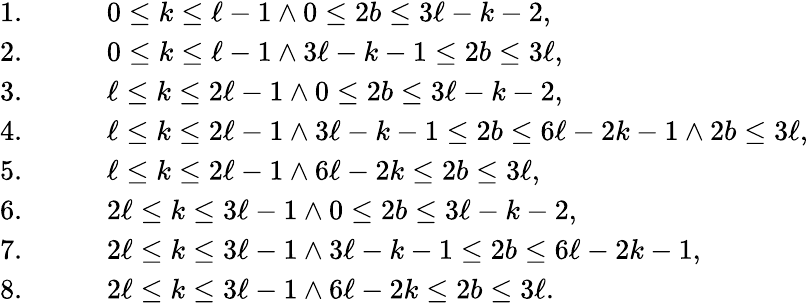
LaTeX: \begin{array}{rlrl}{1.}&{}&&{0\leq k\leq\ell-1\land 0\leq 2b\leq 3\ell-k-2,}\\ {2.}&{}&&{0\leq k\leq\ell-1\land 3\ell-k-1\leq 2b\leq 3\ell,}\\ {3.}&{}&&{\ell\leq k\leq 2\ell-1\land 0\leq 2b\leq 3\ell-k-2,}\\ {4.}&{}&&{\ell\leq k\leq 2\ell-1\land 3\ell-k-1\leq 2b\leq 6\ell-2k-1\land 2b\leq 3\ell,}\\ {5.}&{}&&{\ell\leq k\leq 2\ell-1\land 6\ell-2k\leq 2b\leq 3\ell,}\\ {6.}&{}&&{2\ell\leq k\leq 3\ell-1\land 0\leq 2b\leq 3\ell-k-2,}\\ {7.}&{}&&{2\ell\leq k\leq 3\ell-1\land 3\ell-k-1\leq 2b\leq 6\ell-2k-1,}\\ {8.}&{}&&{2\ell\leq k\leq 3\ell-1\land 6\ell-2k\leq 2b\leq 3\ell.}\end{array}